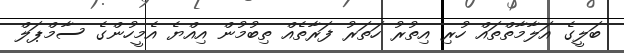
ބަލީގެ އަލާމާތްތައް ހުރި އިތުރު ހަތަރު ފަރާތެއް ތިބުމުން އިއްޔެ އެމީހުންގެ ސާމްޕަލް